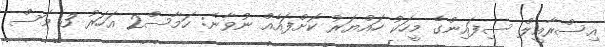
އިސްރާއީލް ސިފައިންގެ މީހަކު ހައްޔަރު ކޮށްފައެއް ނުވާނެ: ހަމާސް2 އަހަރު 3 މަސް